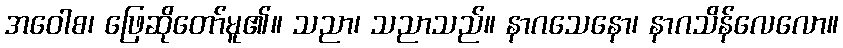
အဝေါစ၊ ဖြေဆိုတော်မူ၏။ သညာ၊ သညာသည်။ နာဂသေနော၊ နာဂသိန်လေလော။